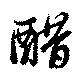
醋